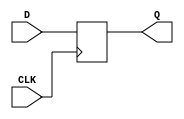
/*
	D-FF Positive edge
*/

module DFF_POS (CLK, D, Q);
	input CLK, D;
	output reg Q;
	
	initial Q = 1'b0;
	
	always @ (posedge CLK) begin
		Q = D;		
	end
endmodule

////////////////////////////////////////

module DFF_POS_tb();
	reg CLK, D;
	wire Q;
	
	DFF_POS DUT(
		.CLK(CLK),
		.D(D),
		.Q(Q)
	);
	
	initial begin
		CLK = 0;
		#20 CLK = 1;
		#40 CLK = 0;		
		#30 CLK = 1;		
		#30 CLK = 0;	
	end
	
	initial begin
		D = 0;
		#10 D = 1;
		#20 D = 0;
		#5  D = 1;
		#10 D = 0;
		#20 D = 1;
		#5  D = 0;
		#5  D = 1;
		#5  D = 0;
		#15 D = 1;
		#5  D = 0;
		#5  D = 1;
		#25 D = 0;		
		#99 $finish;
	end
	
	
	
endmodule